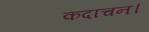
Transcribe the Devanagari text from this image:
कदाचन।